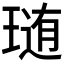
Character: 𤨂